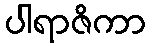
ပါရာဇိကာ